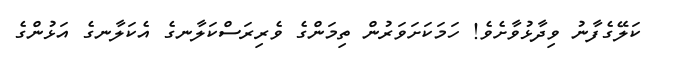
ކަލޭގެފާނު ވިދާޅުވާށެވެ! ހަމަކަށަވަރުން ތިމަންގެ ވެރިރަސްކަލާނގެ އެކަލާނގެ އަޅުންގެ